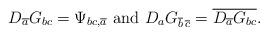
LaTeX: \begin{align*} D_{\overline{a}}G_{bc}=\Psi_{bc,\overline{a}}\,\,{\rm and}\,\,D_{a}G_{\overline{b}\,\overline{c}}=\overline{D_{\overline{a}}G_{bc}}.\end{align*}